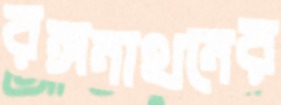
রঙ্গনাথনের